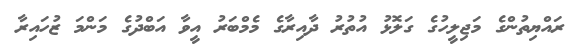
ރައްޔިތުންގެ މަޖިލީހުގެ ގަލޮޅު އުތުރު ދާއިރާގެ މެމްބަރު އީވާ އަބްދުގެ މަންމަ ޒުހައިރާ